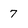
Character: 7